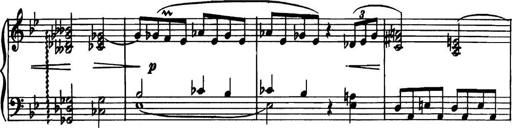
Title: Piano Sonatina in G minor
Composer: John Blackwood McEwen
Key: G minor